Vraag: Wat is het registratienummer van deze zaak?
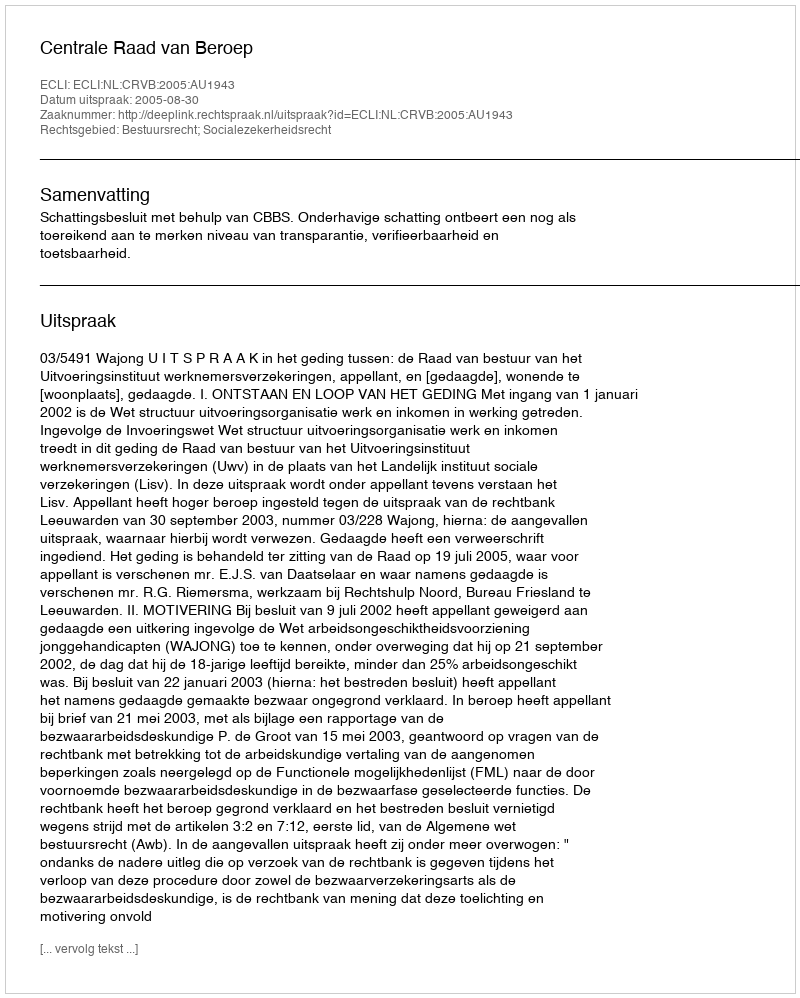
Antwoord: http://deeplink.rechtspraak.nl/uitspraak?id=ECLI:NL:CRVB:2005:AU1943